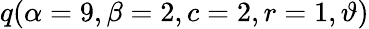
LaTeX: \displaystyle q(\alpha=9,\beta=2,c=2,r=1,\vartheta)